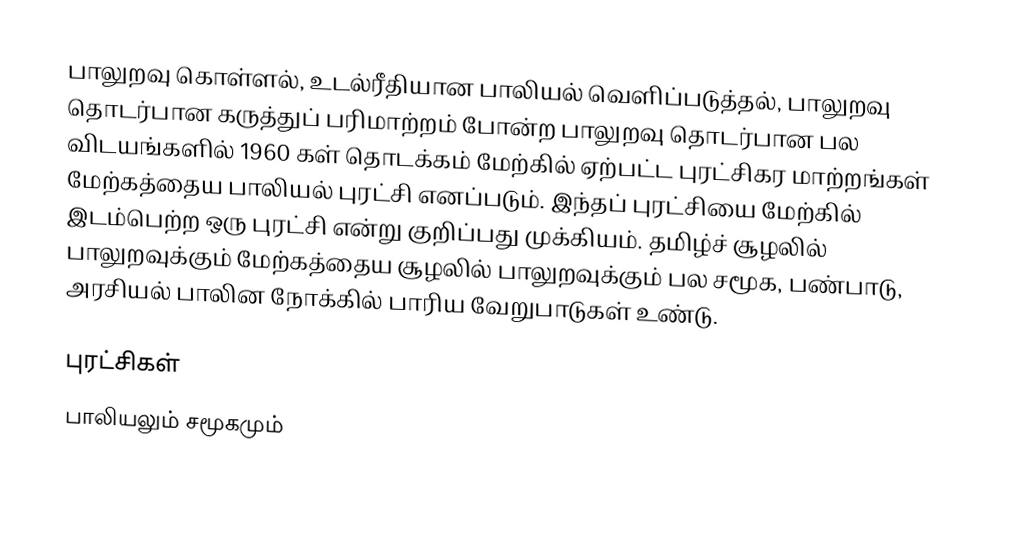
பாலுறவு கொள்ளல், உடல்ரீதியான பாலியல் வெளிப்படுத்தல், பாலுறவு தொடர்பான கருத்துப் பரிமாற்றம் போன்ற பாலுறவு தொடர்பான பல விடயங்களில் 1960 கள் தொடக்கம் மேற்கில் ஏற்பட்ட புரட்சிகர மாற்றங்கள் மேற்கத்தைய பாலியல் புரட்சி எனப்படும்.  இந்தப் புரட்சியை மேற்கில் இடம்பெற்ற ஒரு புரட்சி என்று குறிப்பது முக்கியம். தமிழ்ச் சூழலில் பாலுறவுக்கும் மேற்கத்தைய சூழலில் பாலுறவுக்கும் பல சமூக, பண்பாடு, அரசியல் பாலின நோக்கில் பாரிய வேறுபாடுகள் உண்டு.

புரட்சிகள்
பாலியலும் சமூகமும்